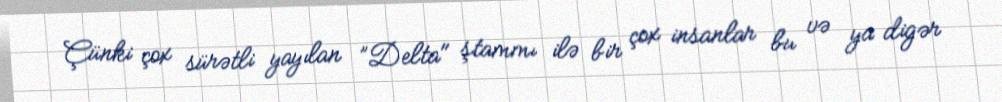
Çünki çox sürətli yayılan ”Delta" ştammı ilə bir çox insanlar bu və ya digər